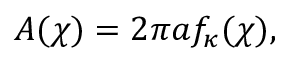
A ( \chi ) = 2 \pi a f _ { \kappa } ( \chi ) ,